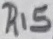
Text: R15